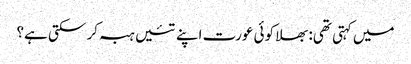
میں کہتی تھی: بھلا کوئی عورت اپنے تئیں ہبہ کر سکتی ہے؟